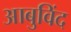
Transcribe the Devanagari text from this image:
आबुविंद